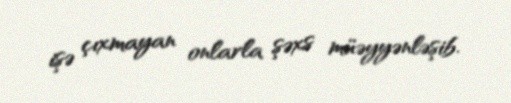
işə çıxmayan onlarla şəxs müəyyənləşib.